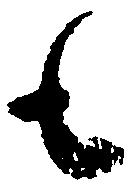
も